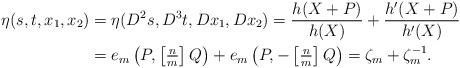
LaTeX: \begin{align*} \eta(s,t,x_{1},x_{2}) & = \eta(D^{2}s,D^{3}t,Dx_{1},Dx_{2}) = \frac{h(X+P)}{h(X)}+\frac{h'(X+P)}{h'(X)}\\ & = e_{m}\left(P,\left[\tfrac{n}{m}\right]Q\right)+e_{m}\left(P,-\left[\tfrac{n}{m}\right]Q\right)=\zeta_{m}+\zeta_{m}^{-1}. \end{align*}